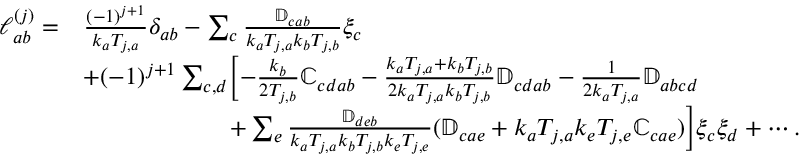
\begin{array} { r l } { \mathcal { l } _ { a b } ^ { ( j ) } = } & { \frac { ( - 1 ) ^ { j + 1 } } { k _ { a } T _ { j , a } } \delta _ { a b } - \sum _ { c } \frac { \mathbb { D } _ { c a b } } { k _ { a } T _ { j , a } k _ { b } T _ { j , b } } \xi _ { c } } \\ & { + ( - 1 ) ^ { j + 1 } \sum _ { c , d } \biggl [ - \frac { k _ { b } } { 2 T _ { j , b } } \mathbb { C } _ { c d a b } - \frac { k _ { a } T _ { j , a } + k _ { b } T _ { j , b } } { 2 k _ { a } T _ { j , a } k _ { b } T _ { j , b } } \mathbb { D } _ { c d a b } - \frac { 1 } { 2 k _ { a } T _ { j , a } } \mathbb { D } _ { a b c d } } \\ & { \qquad \qquad \qquad + \sum _ { e } \frac { \mathbb { D } _ { d e b } } { k _ { a } T _ { j , a } k _ { b } T _ { j , b } k _ { e } T _ { j , e } } ( \mathbb { D } _ { c a e } + k _ { a } T _ { j , a } k _ { e } T _ { j , e } \mathbb { C } _ { c a e } ) \biggl ] \xi _ { c } \xi _ { d } + \cdots . } \end{array}